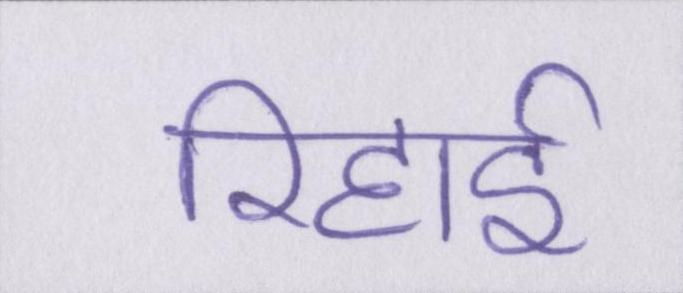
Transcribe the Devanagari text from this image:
रिहाई